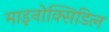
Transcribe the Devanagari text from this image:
माइनोक्सिडिल